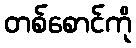
တစ်စောင်ကို